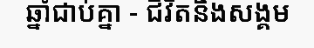
ឆ្នាំជាប់គ្នា - ជីវិតនិងសង្គម